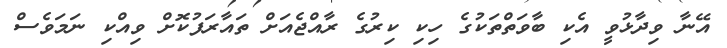
އޭނާ ވިދާޅުވީ އެކި ބާވަތްތަކުގެ ހިކި ކިރުގެ ރާއްޖެއަށް ތައާރަފުކޮށް ވިއްކި ނަމަވެސް